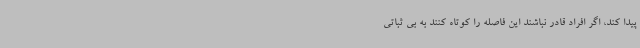
پیدا کند، اگر افراد قادر نباشند این فاصله را کوتاه کنند به بی ثباتی